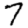
Digit: 7